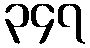
၃၄၇